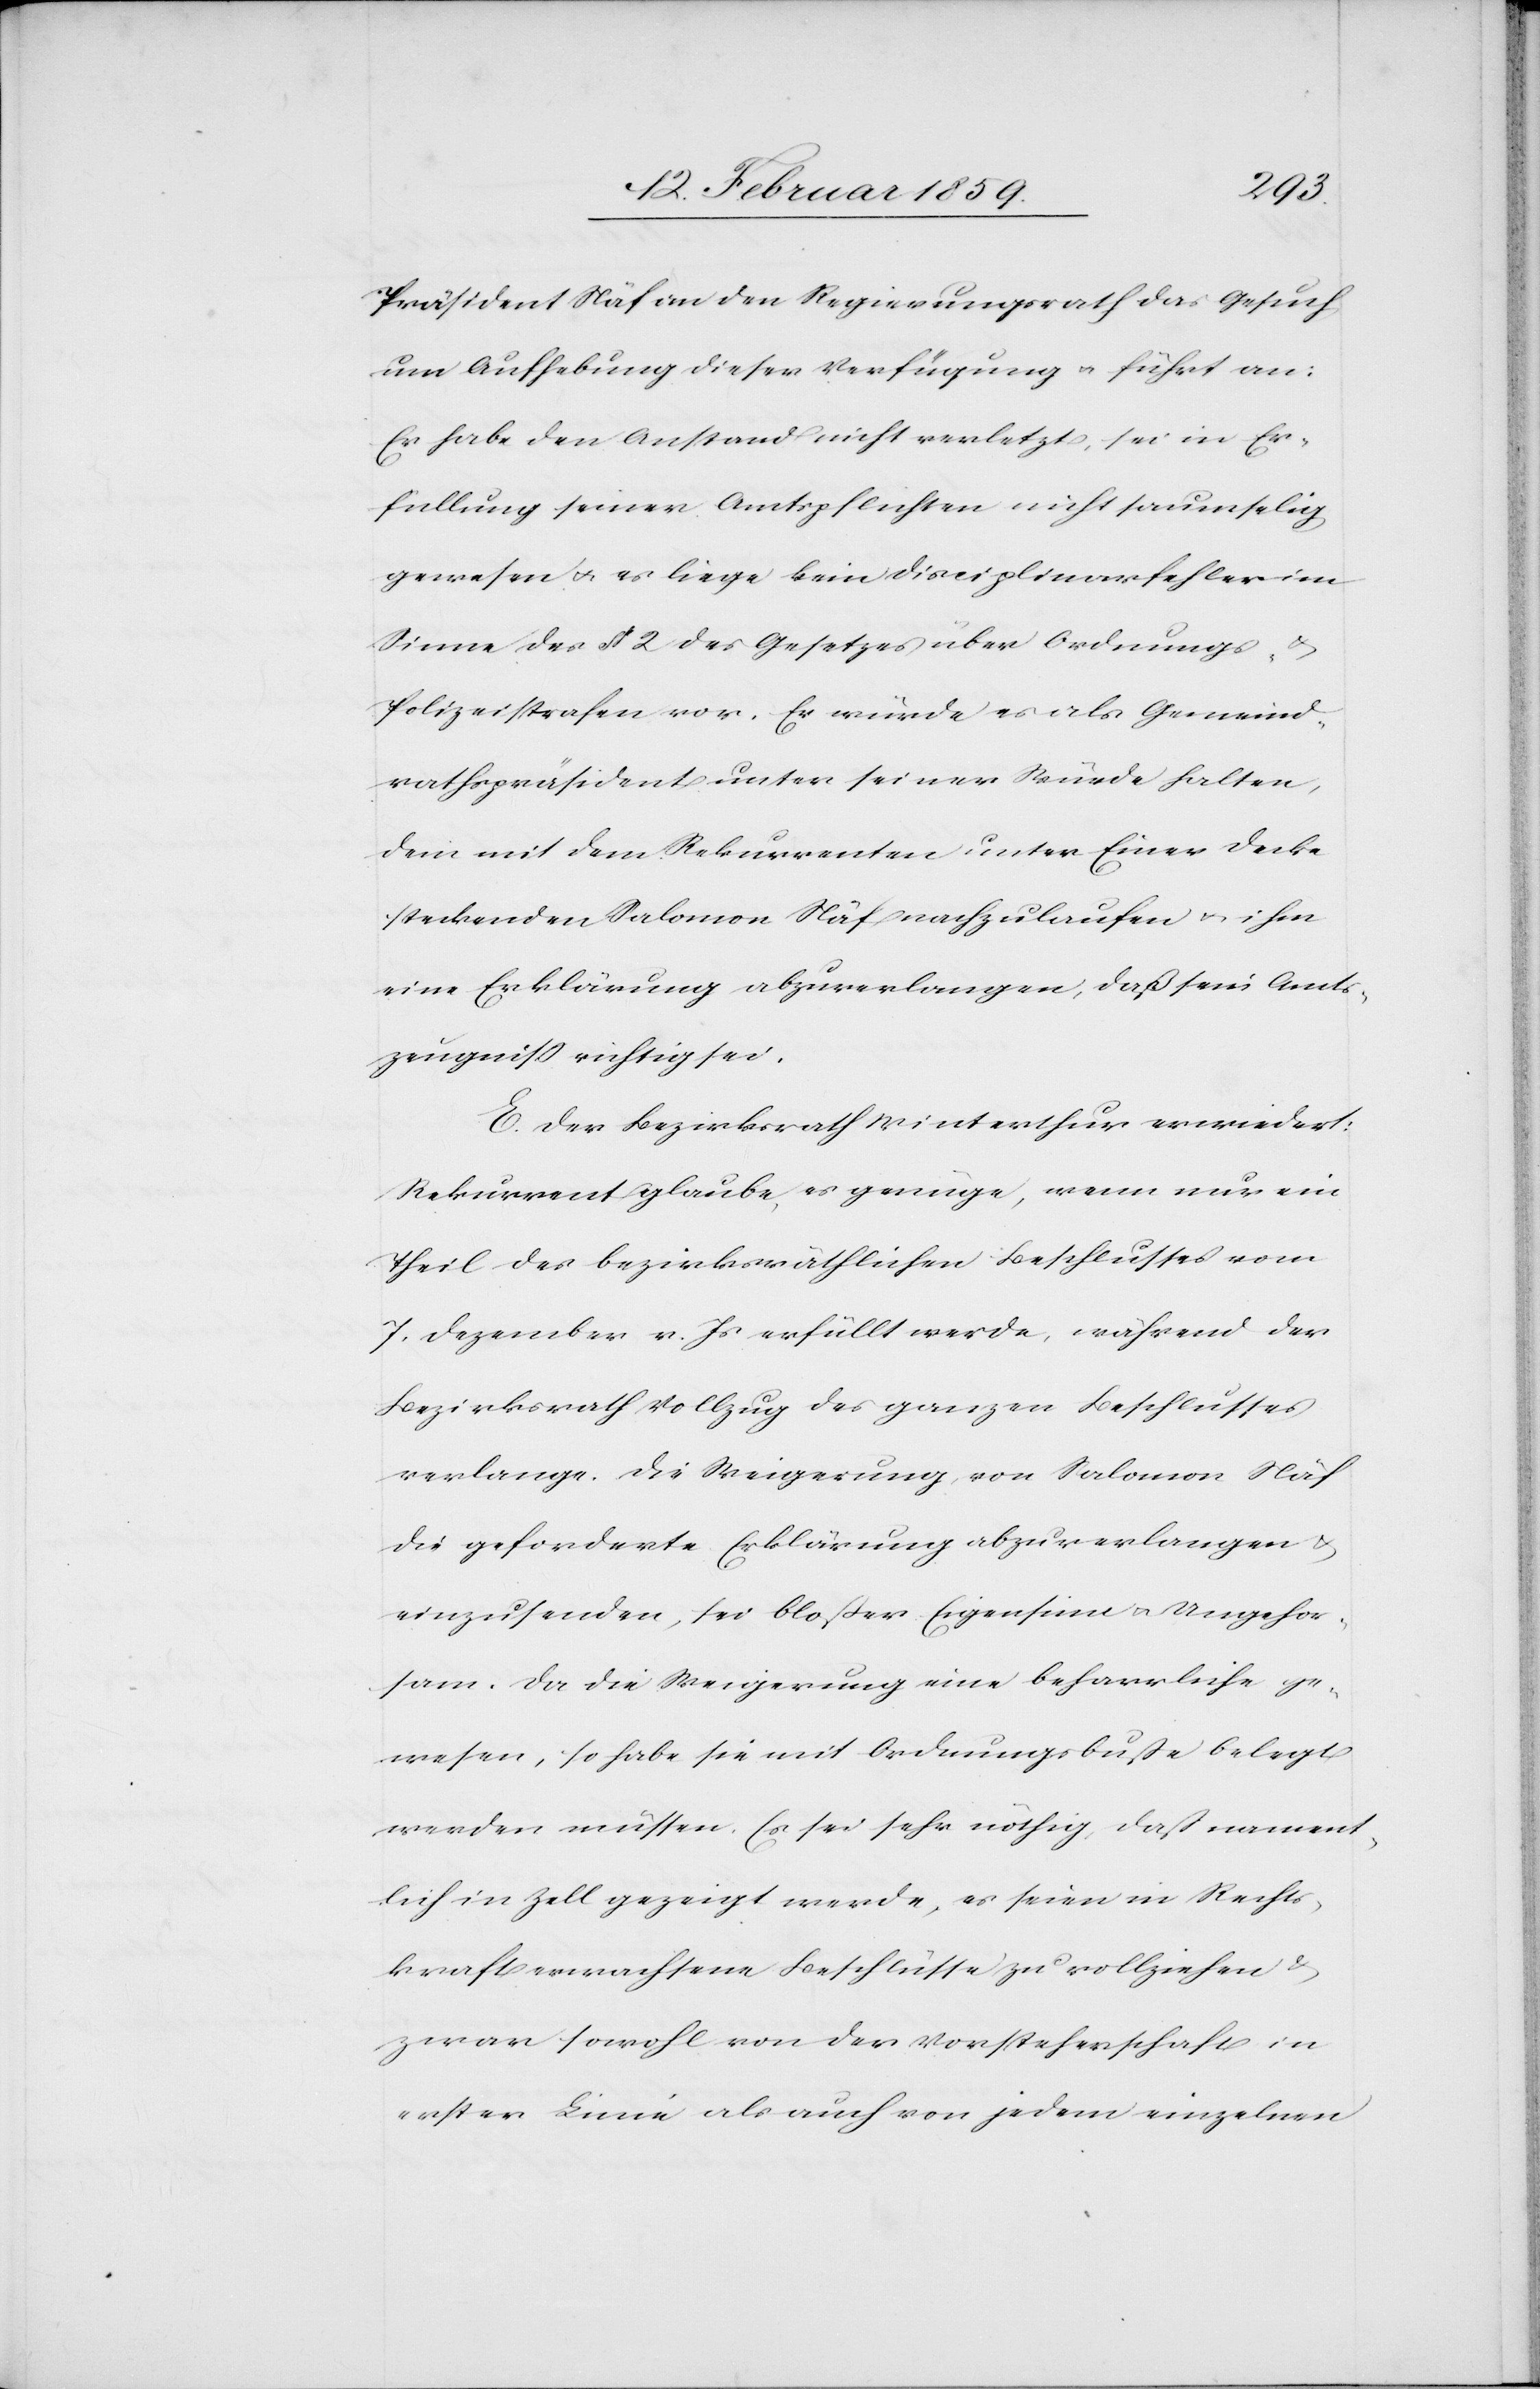
Präsident Näf an den Regierungsrath das Gesuch
um Aufhebung dieser Verfügung u führt an:
Er habe den Anstand nicht verletzt, sei in Er¬
füllung seiner Amtspflicht nicht saumselig
gewesen u. es liege kein Disciplinarfehler im
Sinne des § 2 des Gesetzes über Ordnungs- u.
Polizeistrafen vor. Er würde es als Gemeind¬
rathspräsident unter seiner Würde halten,
dem mit dem Rekurrenten unter Einer Decke
steckenden Salomon Näf nachzulaufen u. ihm
eine Erklärung abzuverlangen, daß sein Amts¬
zeugniß richtig sei.
E. Der Bezirksrath Winterthur erwiedert:
Rekurrent glaube, es genüge, wenn nur ein
Theil des bezirksräthlichen Beschlusses vom
7. Dezember v. Js. erfüllt werde, während der
Bezirksrath Vollzug des ganzen Beschlusses
verlange. Die Weigerung, von Salomon Näf
die geforderte Erklärung abzuverlangen u.
einzusenden, sei bloßer Eigensinn u. Ungehor¬
sam. Da die Weigerung eine beharrliche ge¬
wesen, so habe sie mit Ordnungsbuße belegt
werden müssen. Es sei sehr nöthig, daß nament¬
lich in Zell gezeigt werde, es seien in Rechts¬
kraft erwachsene Beschlüsse zu vollziehen &
zwar sowohl von der Vorsteherschaft in
erster Linie als auch von jedem einzelnen